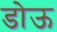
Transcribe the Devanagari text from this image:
डोऊ